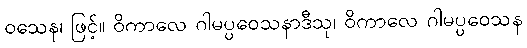
ဝသေန၊ ဖြင့်။ ဝိကာလေ ဂါမပ္ပဝေသနာဒီသု၊ ဝိကာလေ ဂါမပ္ပဝေသန